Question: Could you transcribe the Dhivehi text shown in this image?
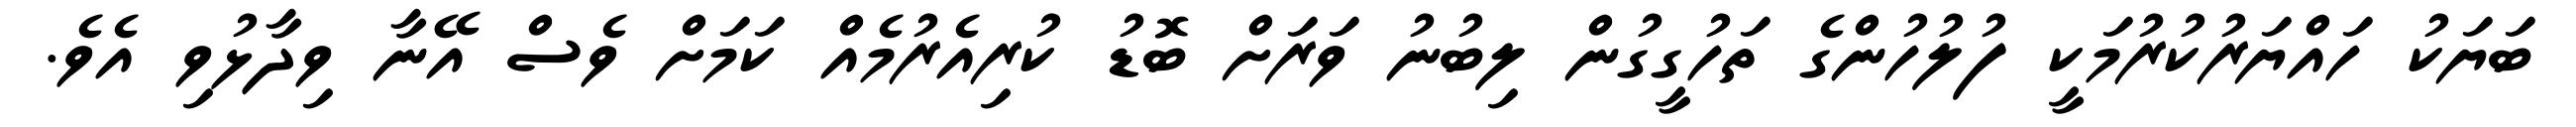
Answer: ބަޔަކު ހައްޔަރުކުރުމަކީ ފުލުހުންގެ ތަހުގީގުން ލިބުނު ވަރަށް ބޮޑު ކުރިއެރުމެއް ކަމަށް ވެސް އޭނާ ވިދާޅުވި އެވެ.